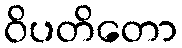
ဝိပတိတော